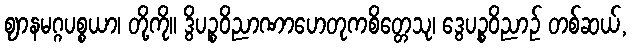
ဈာနမဂ္ဂပစ္စယာ၊ တို့ကို။ ဒွိပဉ္စဝိညာဏာဟေတုကစိတ္တေသု၊ ဒွေပဉ္စဝိညာဉ် တစ်ဆယ်,